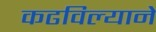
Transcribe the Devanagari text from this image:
कढविल्याने